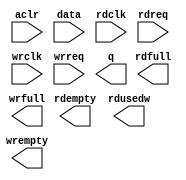
// megafunction wizard: %FIFO%VBB%
// GENERATION: STANDARD
// VERSION: WM1.0
// MODULE: dcfifo_mixed_widths 

// ============================================================
// Megafunction Name(s):
// 			dcfifo_mixed_widths
//
// Simulation Library Files(s):
// 			altera_mf
// ============================================================
// ************************************************************
// THIS IS A WIZARD-GENERATED FILE. DO NOT EDIT THIS FILE!
//
// 20.1.1 Build 720 11/11/2020 SJ Lite Edition
// ************************************************************

//Copyright (C) 2020  Intel Corporation. All rights reserved.
//Your use of Intel Corporation's design tools, logic functions 
//and other software and tools, and any partner logic 
//functions, and any output files from any of the foregoing 
//(including device programming or simulation files), and any 
//associated documentation or information are expressly subject 
//to the terms and conditions of the Intel Program License 
//Subscription Agreement, the Intel Quartus Prime License Agreement,
//the Intel FPGA IP License Agreement, or other applicable license
//agreement, including, without limitation, that your use is for
//the sole purpose of programming logic devices manufactured by
//Intel and sold by Intel or its authorized distributors.  Please
//refer to the applicable agreement for further details, at
//https://fpgasoftware.intel.com/eula.

module capture_fifo (
	aclr,
	data,
	rdclk,
	rdreq,
	wrclk,
	wrreq,
	q,
	rdempty,
	rdfull,
	rdusedw,
	wrempty,
	wrfull);

	input	  aclr;
	input	[63:0]  data;
	input	  rdclk;
	input	  rdreq;
	input	  wrclk;
	input	  wrreq;
	output	[31:0]  q;
	output	  rdempty;
	output	  rdfull;
	output	[2:0]  rdusedw;
	output	  wrempty;
	output	  wrfull;
`ifndef ALTERA_RESERVED_QIS
// synopsys translate_off
`endif
	tri0	  aclr;
`ifndef ALTERA_RESERVED_QIS
// synopsys translate_on
`endif

endmodule

// ============================================================
// CNX file retrieval info
// ============================================================
// Retrieval info: PRIVATE: AlmostEmpty NUMERIC "0"
// Retrieval info: PRIVATE: AlmostEmptyThr NUMERIC "-1"
// Retrieval info: PRIVATE: AlmostFull NUMERIC "0"
// Retrieval info: PRIVATE: AlmostFullThr NUMERIC "-1"
// Retrieval info: PRIVATE: CLOCKS_ARE_SYNCHRONIZED NUMERIC "0"
// Retrieval info: PRIVATE: Clock NUMERIC "4"
// Retrieval info: PRIVATE: Depth NUMERIC "4"
// Retrieval info: PRIVATE: Empty NUMERIC "1"
// Retrieval info: PRIVATE: Full NUMERIC "1"
// Retrieval info: PRIVATE: INTENDED_DEVICE_FAMILY STRING "Cyclone V"
// Retrieval info: PRIVATE: LE_BasedFIFO NUMERIC "0"
// Retrieval info: PRIVATE: LegacyRREQ NUMERIC "0"
// Retrieval info: PRIVATE: MAX_DEPTH_BY_9 NUMERIC "0"
// Retrieval info: PRIVATE: OVERFLOW_CHECKING NUMERIC "1"
// Retrieval info: PRIVATE: Optimize NUMERIC "0"
// Retrieval info: PRIVATE: RAM_BLOCK_TYPE NUMERIC "0"
// Retrieval info: PRIVATE: SYNTH_WRAPPER_GEN_POSTFIX STRING "0"
// Retrieval info: PRIVATE: UNDERFLOW_CHECKING NUMERIC "1"
// Retrieval info: PRIVATE: UsedW NUMERIC "1"
// Retrieval info: PRIVATE: Width NUMERIC "64"
// Retrieval info: PRIVATE: dc_aclr NUMERIC "1"
// Retrieval info: PRIVATE: diff_widths NUMERIC "1"
// Retrieval info: PRIVATE: msb_usedw NUMERIC "0"
// Retrieval info: PRIVATE: output_width NUMERIC "32"
// Retrieval info: PRIVATE: rsEmpty NUMERIC "1"
// Retrieval info: PRIVATE: rsFull NUMERIC "1"
// Retrieval info: PRIVATE: rsUsedW NUMERIC "1"
// Retrieval info: PRIVATE: sc_aclr NUMERIC "0"
// Retrieval info: PRIVATE: sc_sclr NUMERIC "0"
// Retrieval info: PRIVATE: wsEmpty NUMERIC "1"
// Retrieval info: PRIVATE: wsFull NUMERIC "1"
// Retrieval info: PRIVATE: wsUsedW NUMERIC "0"
// Retrieval info: LIBRARY: altera_mf altera_mf.altera_mf_components.all
// Retrieval info: CONSTANT: INTENDED_DEVICE_FAMILY STRING "Cyclone V"
// Retrieval info: CONSTANT: LPM_NUMWORDS NUMERIC "4"
// Retrieval info: CONSTANT: LPM_SHOWAHEAD STRING "ON"
// Retrieval info: CONSTANT: LPM_TYPE STRING "dcfifo_mixed_widths"
// Retrieval info: CONSTANT: LPM_WIDTH NUMERIC "64"
// Retrieval info: CONSTANT: LPM_WIDTHU NUMERIC "2"
// Retrieval info: CONSTANT: LPM_WIDTHU_R NUMERIC "3"
// Retrieval info: CONSTANT: LPM_WIDTH_R NUMERIC "32"
// Retrieval info: CONSTANT: OVERFLOW_CHECKING STRING "OFF"
// Retrieval info: CONSTANT: RDSYNC_DELAYPIPE NUMERIC "4"
// Retrieval info: CONSTANT: READ_ACLR_SYNCH STRING "ON"
// Retrieval info: CONSTANT: UNDERFLOW_CHECKING STRING "OFF"
// Retrieval info: CONSTANT: USE_EAB STRING "ON"
// Retrieval info: CONSTANT: WRITE_ACLR_SYNCH STRING "OFF"
// Retrieval info: CONSTANT: WRSYNC_DELAYPIPE NUMERIC "4"
// Retrieval info: USED_PORT: aclr 0 0 0 0 INPUT GND "aclr"
// Retrieval info: USED_PORT: data 0 0 64 0 INPUT NODEFVAL "data[63..0]"
// Retrieval info: USED_PORT: q 0 0 32 0 OUTPUT NODEFVAL "q[31..0]"
// Retrieval info: USED_PORT: rdclk 0 0 0 0 INPUT NODEFVAL "rdclk"
// Retrieval info: USED_PORT: rdempty 0 0 0 0 OUTPUT NODEFVAL "rdempty"
// Retrieval info: USED_PORT: rdfull 0 0 0 0 OUTPUT NODEFVAL "rdfull"
// Retrieval info: USED_PORT: rdreq 0 0 0 0 INPUT NODEFVAL "rdreq"
// Retrieval info: USED_PORT: rdusedw 0 0 3 0 OUTPUT NODEFVAL "rdusedw[2..0]"
// Retrieval info: USED_PORT: wrclk 0 0 0 0 INPUT NODEFVAL "wrclk"
// Retrieval info: USED_PORT: wrempty 0 0 0 0 OUTPUT NODEFVAL "wrempty"
// Retrieval info: USED_PORT: wrfull 0 0 0 0 OUTPUT NODEFVAL "wrfull"
// Retrieval info: USED_PORT: wrreq 0 0 0 0 INPUT NODEFVAL "wrreq"
// Retrieval info: CONNECT: @aclr 0 0 0 0 aclr 0 0 0 0
// Retrieval info: CONNECT: @data 0 0 64 0 data 0 0 64 0
// Retrieval info: CONNECT: @rdclk 0 0 0 0 rdclk 0 0 0 0
// Retrieval info: CONNECT: @rdreq 0 0 0 0 rdreq 0 0 0 0
// Retrieval info: CONNECT: @wrclk 0 0 0 0 wrclk 0 0 0 0
// Retrieval info: CONNECT: @wrreq 0 0 0 0 wrreq 0 0 0 0
// Retrieval info: CONNECT: q 0 0 32 0 @q 0 0 32 0
// Retrieval info: CONNECT: rdempty 0 0 0 0 @rdempty 0 0 0 0
// Retrieval info: CONNECT: rdfull 0 0 0 0 @rdfull 0 0 0 0
// Retrieval info: CONNECT: rdusedw 0 0 3 0 @rdusedw 0 0 3 0
// Retrieval info: CONNECT: wrempty 0 0 0 0 @wrempty 0 0 0 0
// Retrieval info: CONNECT: wrfull 0 0 0 0 @wrfull 0 0 0 0
// Retrieval info: GEN_FILE: TYPE_NORMAL capture_fifo.v TRUE
// Retrieval info: GEN_FILE: TYPE_NORMAL capture_fifo.inc FALSE
// Retrieval info: GEN_FILE: TYPE_NORMAL capture_fifo.cmp FALSE
// Retrieval info: GEN_FILE: TYPE_NORMAL capture_fifo.bsf FALSE
// Retrieval info: GEN_FILE: TYPE_NORMAL capture_fifo_inst.v TRUE
// Retrieval info: GEN_FILE: TYPE_NORMAL capture_fifo_bb.v TRUE
// Retrieval info: LIB_FILE: altera_mf